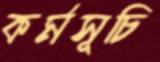
কর্মসূচি